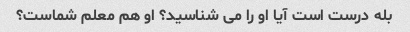
بله درست است آیا او را می شناسید؟ او هم معلم شماست؟